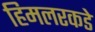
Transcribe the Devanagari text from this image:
हिमलरकडे